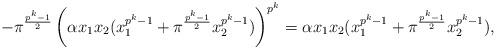
LaTeX: \begin{align*}-\pi^{\frac{p^k-1}{2}}\left(\alpha x_1 x_2(x_1^{p^k-1}+\pi^{\frac{p^k-1}{2}} x_2^{p^k-1})\right)^{p^k}=\alpha x_1 x_2(x_1^{p^k-1}+\pi^{\frac{p^k-1}{2}} x_2^{p^k-1}),\end{align*}